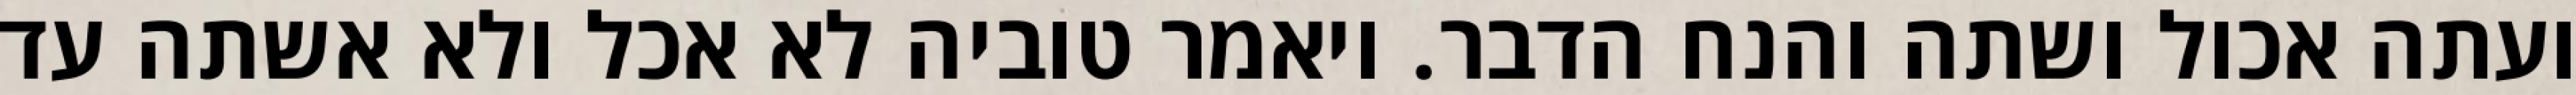
ועתה אכול ושתה והנח הדבר. ויאמר טוביה לא אכל ולא אשתה עד